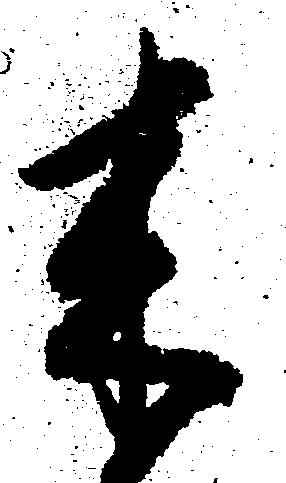
来